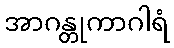
အာဂန္တုကာဂါရံ